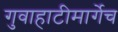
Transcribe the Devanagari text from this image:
गुवाहाटीमार्गेच